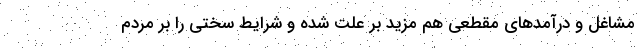
مشاغل و درآمد‌های مقطعی هم مزید بر علت شده و شرایط سختی را بر مردم